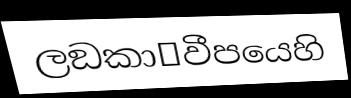
ලඞකා෾වීපයෙහි